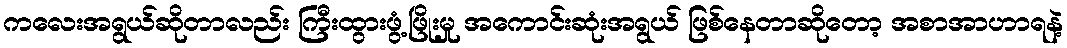
ကလေးအရွယ်ဆိုတာလည်း ကြီးထွားဖွံ့ဖြိုးမှု အကောင်းဆုံးအရွယ် ဖြစ်နေတာဆိုတော့ အစာအာဟာရနဲ့